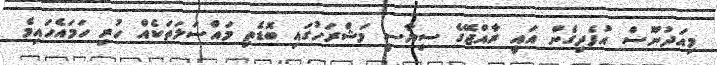
މިއަދުނޫސް އުފެދިގެން އައީ ރާއްޖޭގެ ސިޔާސީ މަޝްރަހުގައި ބޮޑެތި މައްސަލަތަކެއް ހުރި ހަމައެހައިމެ